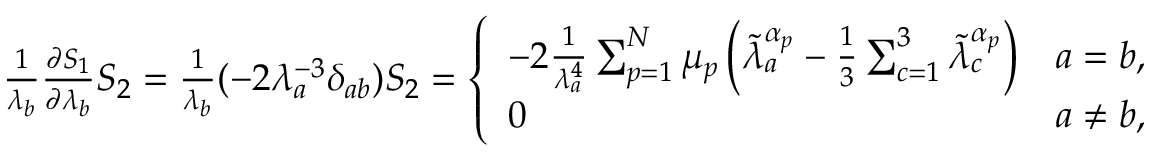
\begin{array} { r } { \frac { 1 } { \lambda _ { b } } \frac { \partial S _ { 1 } } { \partial \lambda _ { b } } S _ { 2 } = \frac { 1 } { \lambda _ { b } } ( - 2 \lambda _ { a } ^ { - 3 } \delta _ { a b } ) S _ { 2 } = \left\{ \begin{array} { l l } { - 2 \frac { 1 } { \lambda _ { a } ^ { 4 } } \sum _ { p = 1 } ^ { N } \mu _ { p } \left( \tilde { \lambda } _ { a } ^ { \alpha _ { p } } - \frac { 1 } { 3 } \sum _ { c = 1 } ^ { 3 } \tilde { \lambda } _ { c } ^ { \alpha _ { p } } \right) } & { a = b , } \\ { 0 } & { a \neq b , } \end{array} \right. } \end{array}